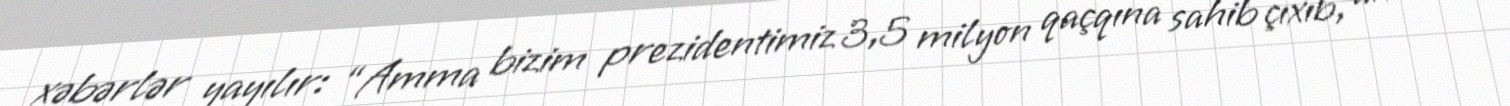
xəbərlər yayılır: “Amma bizim prezidentimiz 3,5 milyon qaçqına sahib çıxıb, amma